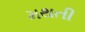
મથતી